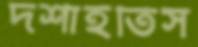
দর্শাইতিস